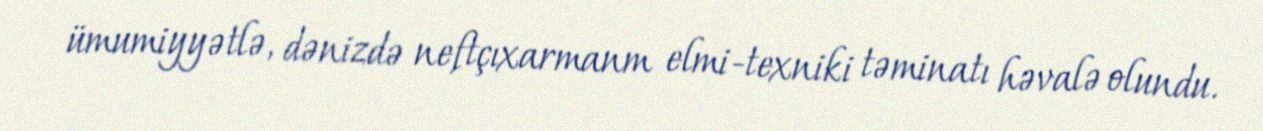
ümumiyyətlə, dənizdə neftçıxarmanm elmi-texniki təminatı həvalə olundu.